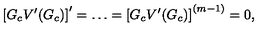
\left[ G _ { c } V ^ { \prime } ( G _ { c } ) \right] ^ { \prime } = \ldots = \left[ G _ { c } V ^ { \prime } ( G _ { c } ) \right] ^ { ( m - 1 ) } = 0 ,